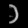
Digit: ၁